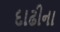
દાઢીના